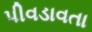
પીવડાવતા